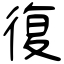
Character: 復